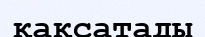
қақсатады